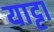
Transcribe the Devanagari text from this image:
याट्टा